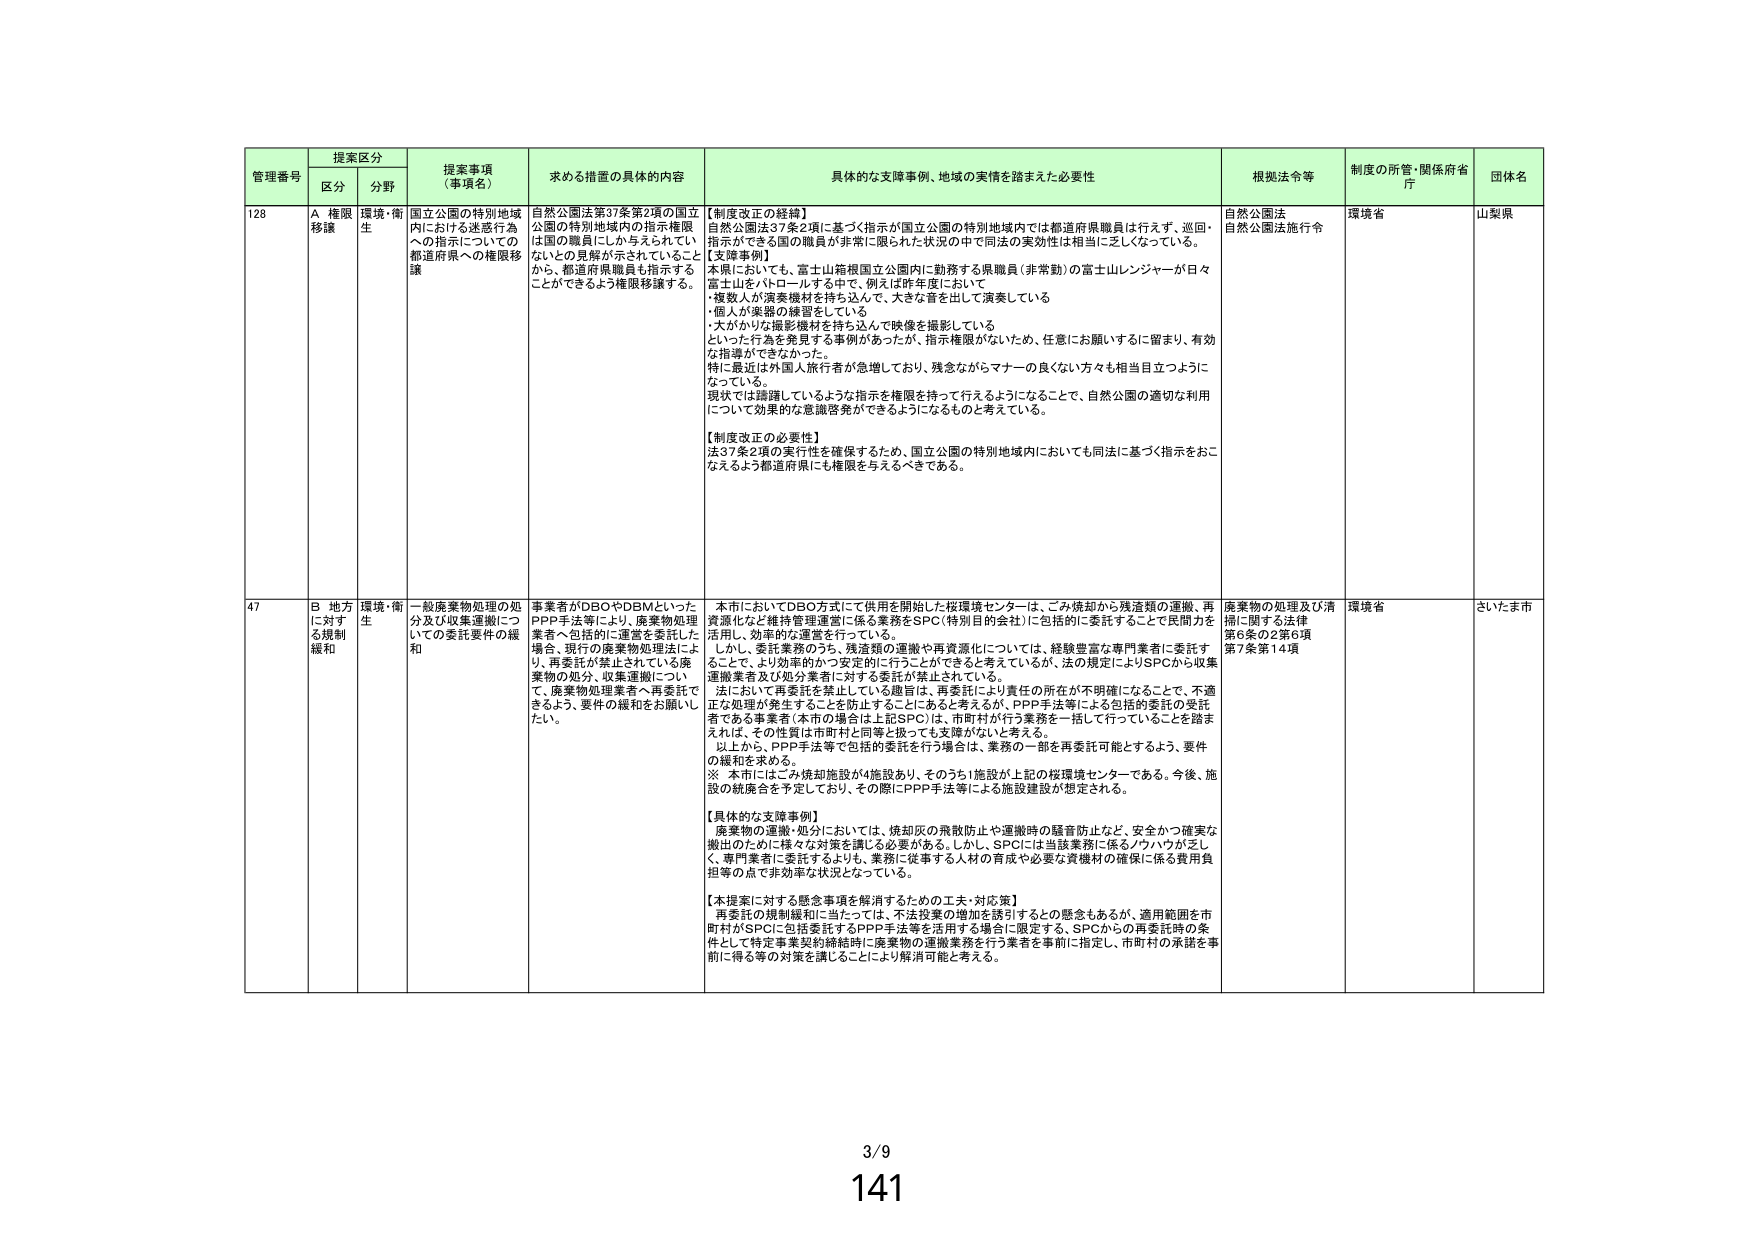
管理番号 提案区分 提案事項（事項名） 求める措置の具体的内容 具体的な支障事例、地域の実情を踏まえた必要性 根拠法令等 制度の所管・関係府省庁 団体名
区分 分野
128 A 権限移譲 環境・衛生 国立公園の特別地域内における迷惑行為への指示についての都道府県への権限移譲 自然公園法第37条第2項の国立公園の特別地域内の指示権限は国の職員にしか与えられていないとの見解が示されていることから、都道府県職員も指示することができるよう権限移譲する。 【制度改正の経緯】 自然公園法37条2項に基づく指示が国立公園の特別地域内では都道府県職員は行えず、巡回・指示ができる国の職員が非常に限られた状況の中で同法の実効性は相当に乏しくなっている。 【支障事例】 本県においても、富士山箱根国立公園内に勤務する県職員（非常勤）の富士山レンジャーが日々富士山をパトロールする中で、例えば昨年度において ・複数人が演奏機材を持ち込んで、大きな音を出して演奏している ・個人が楽器の練習をしている ・大がかりな撮影機材を持ち込んで映像を撮影している といった行為を発見する事例があったが、指示権限がないため、任意にお願いするに留まり、有効な指導ができなかった。 特に最近は外国人旅行者が急増しており、残念ながらマナーの良くない方々も相当目立つようになっている。 現状では躊躇しているような指示を権限を持って行えるようになることで、自然公園の適切な利用について効果的な意識啓発ができるようになるものと考えている。 【制度改正の必要性】 法37条2項の実行性を確保するため、国立公園の特別地域内においても同法に基づく指示をおこなえるよう都道府県にも権限を与えるべきである。 自然公園法 自然公園法施行令 環境省 山梨県
47 B 地方に対する規制緩和 環境・衛生 一般廃棄物処理の処分及び収集運搬についての委託要件の緩和 廃棄者がDBOやDBMといったPPP手法等により、廃棄物処理業者へ包括的に運営を委託した場合、現行の廃棄物処理法により、再委託が禁止されている廃棄物の処分、収集運搬について、廃棄物処理業者へ再委託できるよう、要件の緩和をお願いしたい。 本市においてDBO方式にて供用を開始した桜環境センターは、ごみ焼却から残渣類の運搬、再資源化など維持管理運営に係る業務をSPC（特別目的会社）に包括的に委託することで民間力を活用し、効率的な運営を行っている。 しかし、委託業務のうち、残渣類の運搬や再資源化については、経験豊富な専門業者に委託することで、より効率的かつ安定的に行うことができると考えているが、法の規定によりSPCから収集運搬業者及び処分業者に対する委託が禁止されている。 法において再委託を禁止している趣旨は、再委託により責任の所在が不明確になることで、不適正な処理が発生することを防止することにあると考えるが、PPP手法等による包括的委託の受託者である事業者（本市の場合は上記SPC）は、市町村が行う業務を一括して行っていることを踏まえれば、その性質は市町村と同等と扱っても支障がないと考える。 以上から、PPP手法等で包括的委託を行う場合は、業務の一部を再委託可能とするよう、要件の緩和を求める。 ※ 本市にはごみ焼却施設が4施設あり、そのうち1施設が上記の桜環境センターである。今後、施設の統廃合を予定しており、その際にPPP手法等による施設建設が想定される。 【具体的な支障事例】 廃棄物の運搬・処分においては、焼却灰の飛散防止や運搬時の騒音防止など、安全かつ確実な搬出のために様々な対策を講じる必要がある。しかし、SPCには当該業務に係るノウハウが乏しく、専門業者に委託するよりも、業務に従事する人材の育成や必要な資機材の確保に係る費用負担等の点で非効率な状況となっている。 【本提案に対する懸念事項を解消するための工夫・対応策】 再委託の規制緩和に当たっては、不法投棄の増加を誘引するとの懸念もあるが、適用範囲を市町村がSPCに包括委託するPPP手法等を活用する場合に限定する。SPCからの再委託時の条件として特定事業契約締結時に廃棄物の運搬業務を行う業者を事前に指定し、市町村の承諾を事前に得る等の対策を講じることにより解消可能と考える。 廃棄物の処理及び清掃に関する法律 第6条の2第8項 第7条第14項 環境省 さいたま市
3/9
141